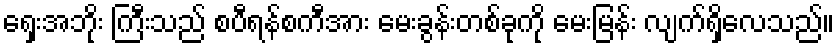
ရှေးအဘိုး ကြီးသည် စပီရန်စကီအား မေးခွန်းတစ်ခုကို မေးမြန်း လျက်ရှိလေသည်။